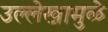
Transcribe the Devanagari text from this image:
उल्लेखामुळे